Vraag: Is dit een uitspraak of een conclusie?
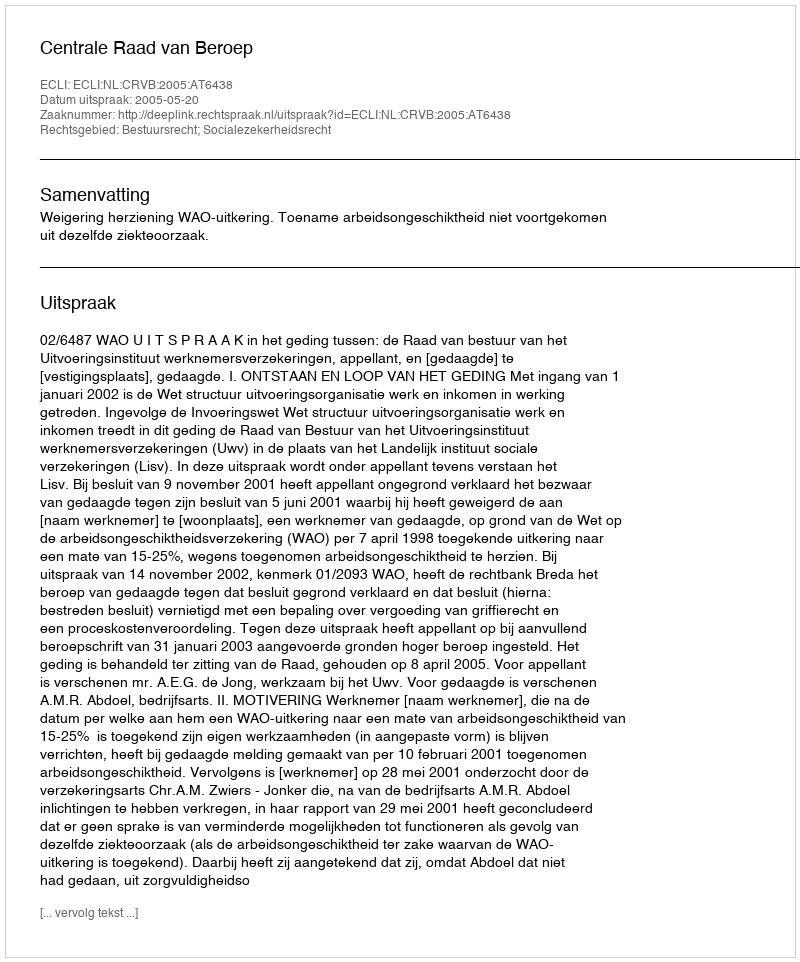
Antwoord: Uitspraak